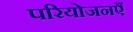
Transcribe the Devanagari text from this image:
परियोजनएँ